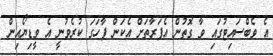
އެ ވެބްސައިޓުގައި ވާ ގޮތުން އެފަރާތަށް އެކަން ފާހަގަ ކުރެވުނީ އެ ވީޑިޔޯއިން